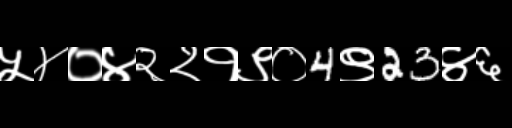
Text: ५४०४२२१९०4९23४६